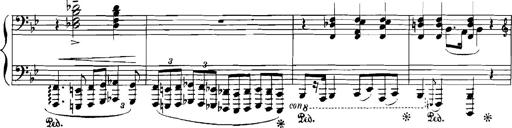
Title: Rhapsodies hongroises
Composer: Franz Liszt